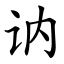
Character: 讷